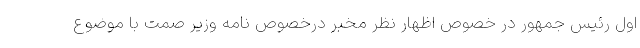
اول رئیس جمهور در خصوص اظهار نظر مخبر درخصوص نامه وزیر صمت با موضوع